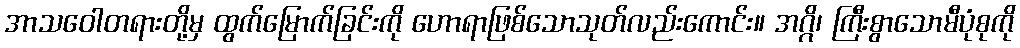
အာသဝေါတရားတို့မှ ထွက်မြောက်ခြင်းကို ဟောရာဖြစ်သောသုတ်လည်းကောင်း။ အဂ္ဂိ၊ ကြီးစွာသောမီပုံစုကို